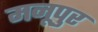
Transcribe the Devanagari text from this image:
मनूपुर